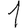
Digit: 1